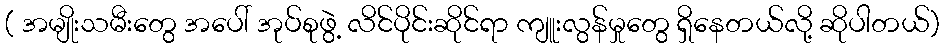
( အမျိုးသမီးတွေ အပေါ် အုပ်စုဖွဲ့ လိင်ပိုင်းဆိုင်ရာ ကျူးလွန်မှုတွေ ရှိနေတယ်လို့ ဆိုပါတယ်)